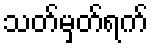
သတ်မှတ်ရက်